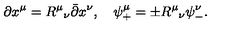
\partial x ^ { \mu } = R ^ { \mu } { } _ { \nu } \bar { \partial } x ^ { \nu } , \quad \psi _ { + } ^ { \mu } = \pm R ^ { \mu } { } _ { \nu } \psi _ { - } ^ { \nu } .